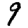
Digit: 9